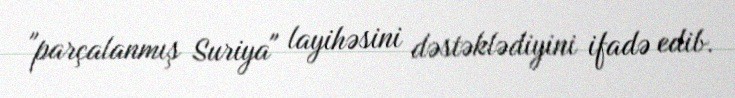
"parçalanmış Suriya" layihəsini dəstəklədiyini ifadə edib.